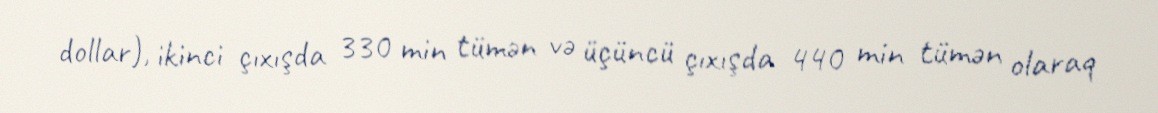
dollar), ikinci çıxışda 330 min tümən və üçüncü çıxışda 440 min tümən olaraq